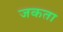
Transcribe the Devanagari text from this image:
जकता